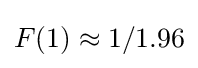
F(1)\approx 1/1.96